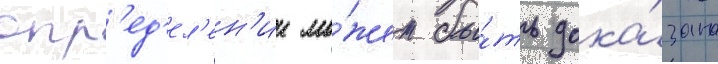
опр'ед'ел'ен'ии мо́жет бы́ть дока́зана